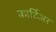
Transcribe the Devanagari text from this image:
कार्टिअर